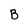
Character: B